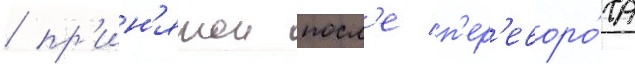
/ пр'ин'ятои посл'е п'ер'еворо́та